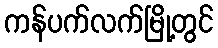
ကန်ပက်လက်မြို့တွင်